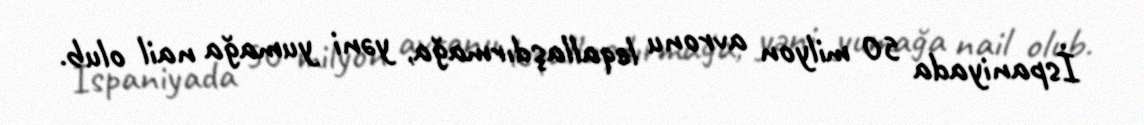
İspaniyada 50 milyon avronu leqallaşdırmağa, yəni yumağa nail olub.